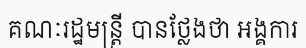
គណៈរដ្ឋមន្ត្រី បានថ្លែងថា អង្គការ